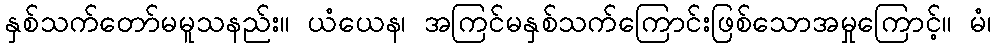
နှစ်သက်တော်မမူသနည်း။ ယံယေန၊ အကြင်မနှစ်သက်ကြောင်းဖြစ်သောအမှုကြောင့်။ မံ၊